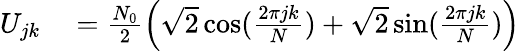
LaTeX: \begin{array}{rl}{U_{jk}}&{{}=\frac{N_{0}}{2}\left(\sqrt{2}\cos(\frac{2\pi jk}{N})+\sqrt{2}\sin(\frac{2\pi jk}{N})\right)}\end{array}